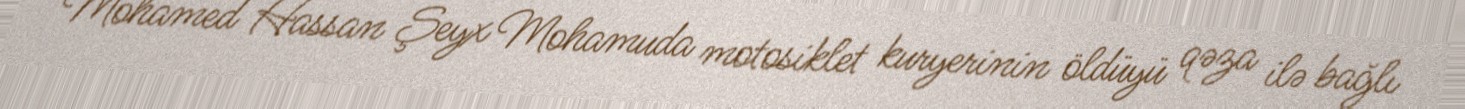
Mohamed Hassan Şeyx Mohamuda motosiklet kuryerinin öldüyü qəza ilə bağlı